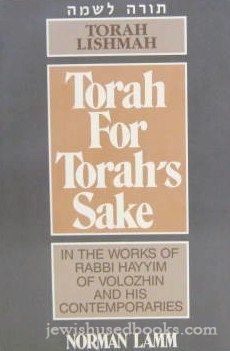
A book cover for Torah Lishmah: Study of Torah for Torah's Sake in the Work of Rabbi Hayyim Volozhin and his Contemporaries (Studies and Sources in Kabbalah, Hasidism and Jewish Thought, Vol 1); Norman Lamm; Religion & Spirituality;